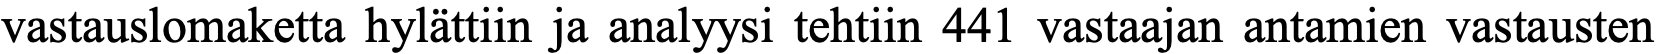
vastauslomaketta hylättiin ja analyysi tehtiin 441 vastaajan antamien vastausten